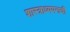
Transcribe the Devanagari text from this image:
शास्त्राध्ययनाची